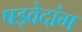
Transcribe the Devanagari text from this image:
षड्वेदांग